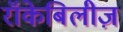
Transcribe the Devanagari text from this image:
रॉकेबिलीज़